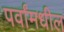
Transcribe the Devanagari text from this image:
पर्वांमधील